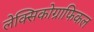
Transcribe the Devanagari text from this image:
लेक्सिकोग्राफिकल